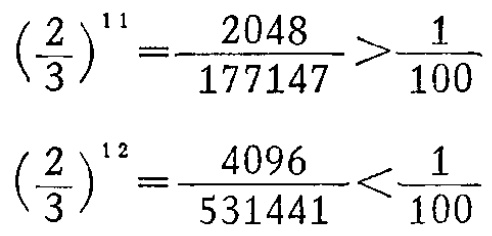
\(\left(\frac{2}{3}\right)^{11}=\frac{2048}{177147}>\frac{1}{100}\)

\(\left(\frac{2}{3}\right)^{12}=\frac{4096}{531441}<\frac{1}{100}\)